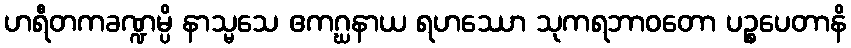
ဟရီတကခဏ္ဍမ္ပိ နာသ္မသေ ဧကဂ္ဃနာယ ရဟဿော သုကရဘာဝတော ပဉ္စပေတာနိ